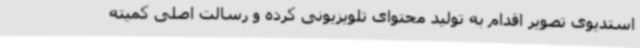
استدیوی تصویر اقدام به تولید محتوای تلویزیونی کرده و رسالت اصلی کمیته